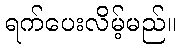
ရက်ပေးလိမ့်မည်။